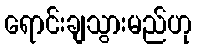
ရောင်းချသွားမည်ဟု